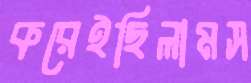
করেইছিলামস